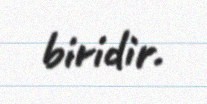
biridir.